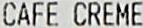
CAFE CREME